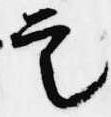
定